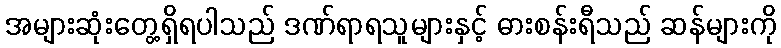
အများဆုံးတွေ့ရှိရပါသည် ဒဏ်ရာရသူများနှင့် ဓားစန်းရီသည် ဆန်များကို